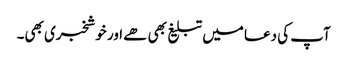
آپ کی دعا میں تبلیغ بھی ھے اور خوشخبری بھی۔